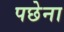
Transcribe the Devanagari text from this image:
पछेना